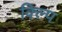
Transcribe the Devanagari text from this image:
क्ल्पि